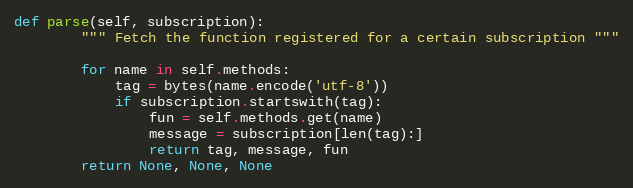
Language: Python
def parse(self, subscription):
        """ Fetch the function registered for a certain subscription """

        for name in self.methods:
            tag = bytes(name.encode('utf-8'))
            if subscription.startswith(tag):
                fun = self.methods.get(name)
                message = subscription[len(tag):]
                return tag, message, fun
        return None, None, None